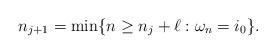
LaTeX: \begin{align*}n_{j+1} = \min\{ n\ge n_j+\ell: \omega_n=i_0\}.\end{align*}